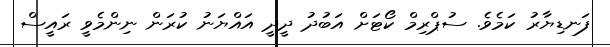
ފަނޑިޔާރު ކަމެވެ. ސުޕްރިމް ކޯޓަށް އަބުދު ދީދީ އައްޔަނު ކުރަން ނިންމެވީ ރައީސް